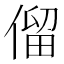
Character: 𠌃